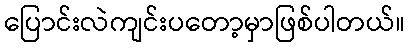
ပြောင်းလဲကျင်းပတော့မှာဖြစ်ပါတယ်။